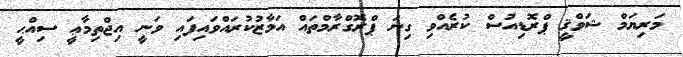
މަރިޔަމް ޝަވްޤީ ޕްރޮޑިއުސް ކުރެއްވި ގިނަ ޕްރޮގްރާމްތައް އަމާޒުކުރައްވައިފައި ވަނީ އިޖްތިމާޢީ ސިއްޙީ